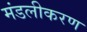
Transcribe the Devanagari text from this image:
मंडलीकरण